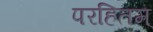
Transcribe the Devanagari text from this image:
परहितम्